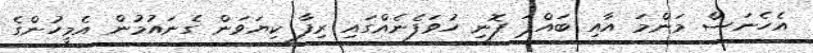
އެހެނަސް މަންމަ އާއި ބައްޕަ ފޮނި ހުވަފެނެއްގައި ރިފާ ކިޔަވަން ގެނައުމުން އެމީހުންގެ